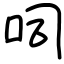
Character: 呞